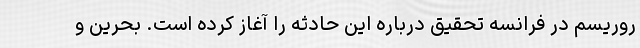
روریسم در فرانسه تحقیق درباره این حادثه را آغاز کرده است. بحرین و